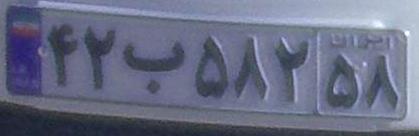
۴۲ب۵۸۲۵۸